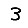
Digit: 3